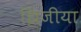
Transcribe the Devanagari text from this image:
झिजीया